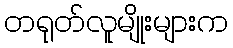
တရုတ်လူမျိုးများက